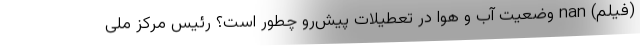
(فیلم) nan وضعیت آب و هوا در تعطیلات پیش‌رو چطور است؟ رئیس مرکز ملی